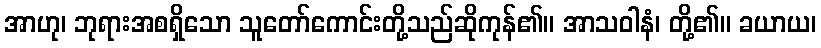
အာဟု၊ ဘုရားအစရှိသော သူတော်ကောင်းတို့သည်ဆိုကုန်၏။ အာသဝါနံ၊ တို့၏။ ခယာယ၊